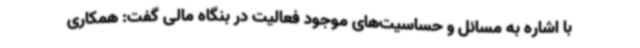
با اشاره به مسائل و حساسیت‌های موجود فعالیت در بنگاه مالی گفت: همکاری